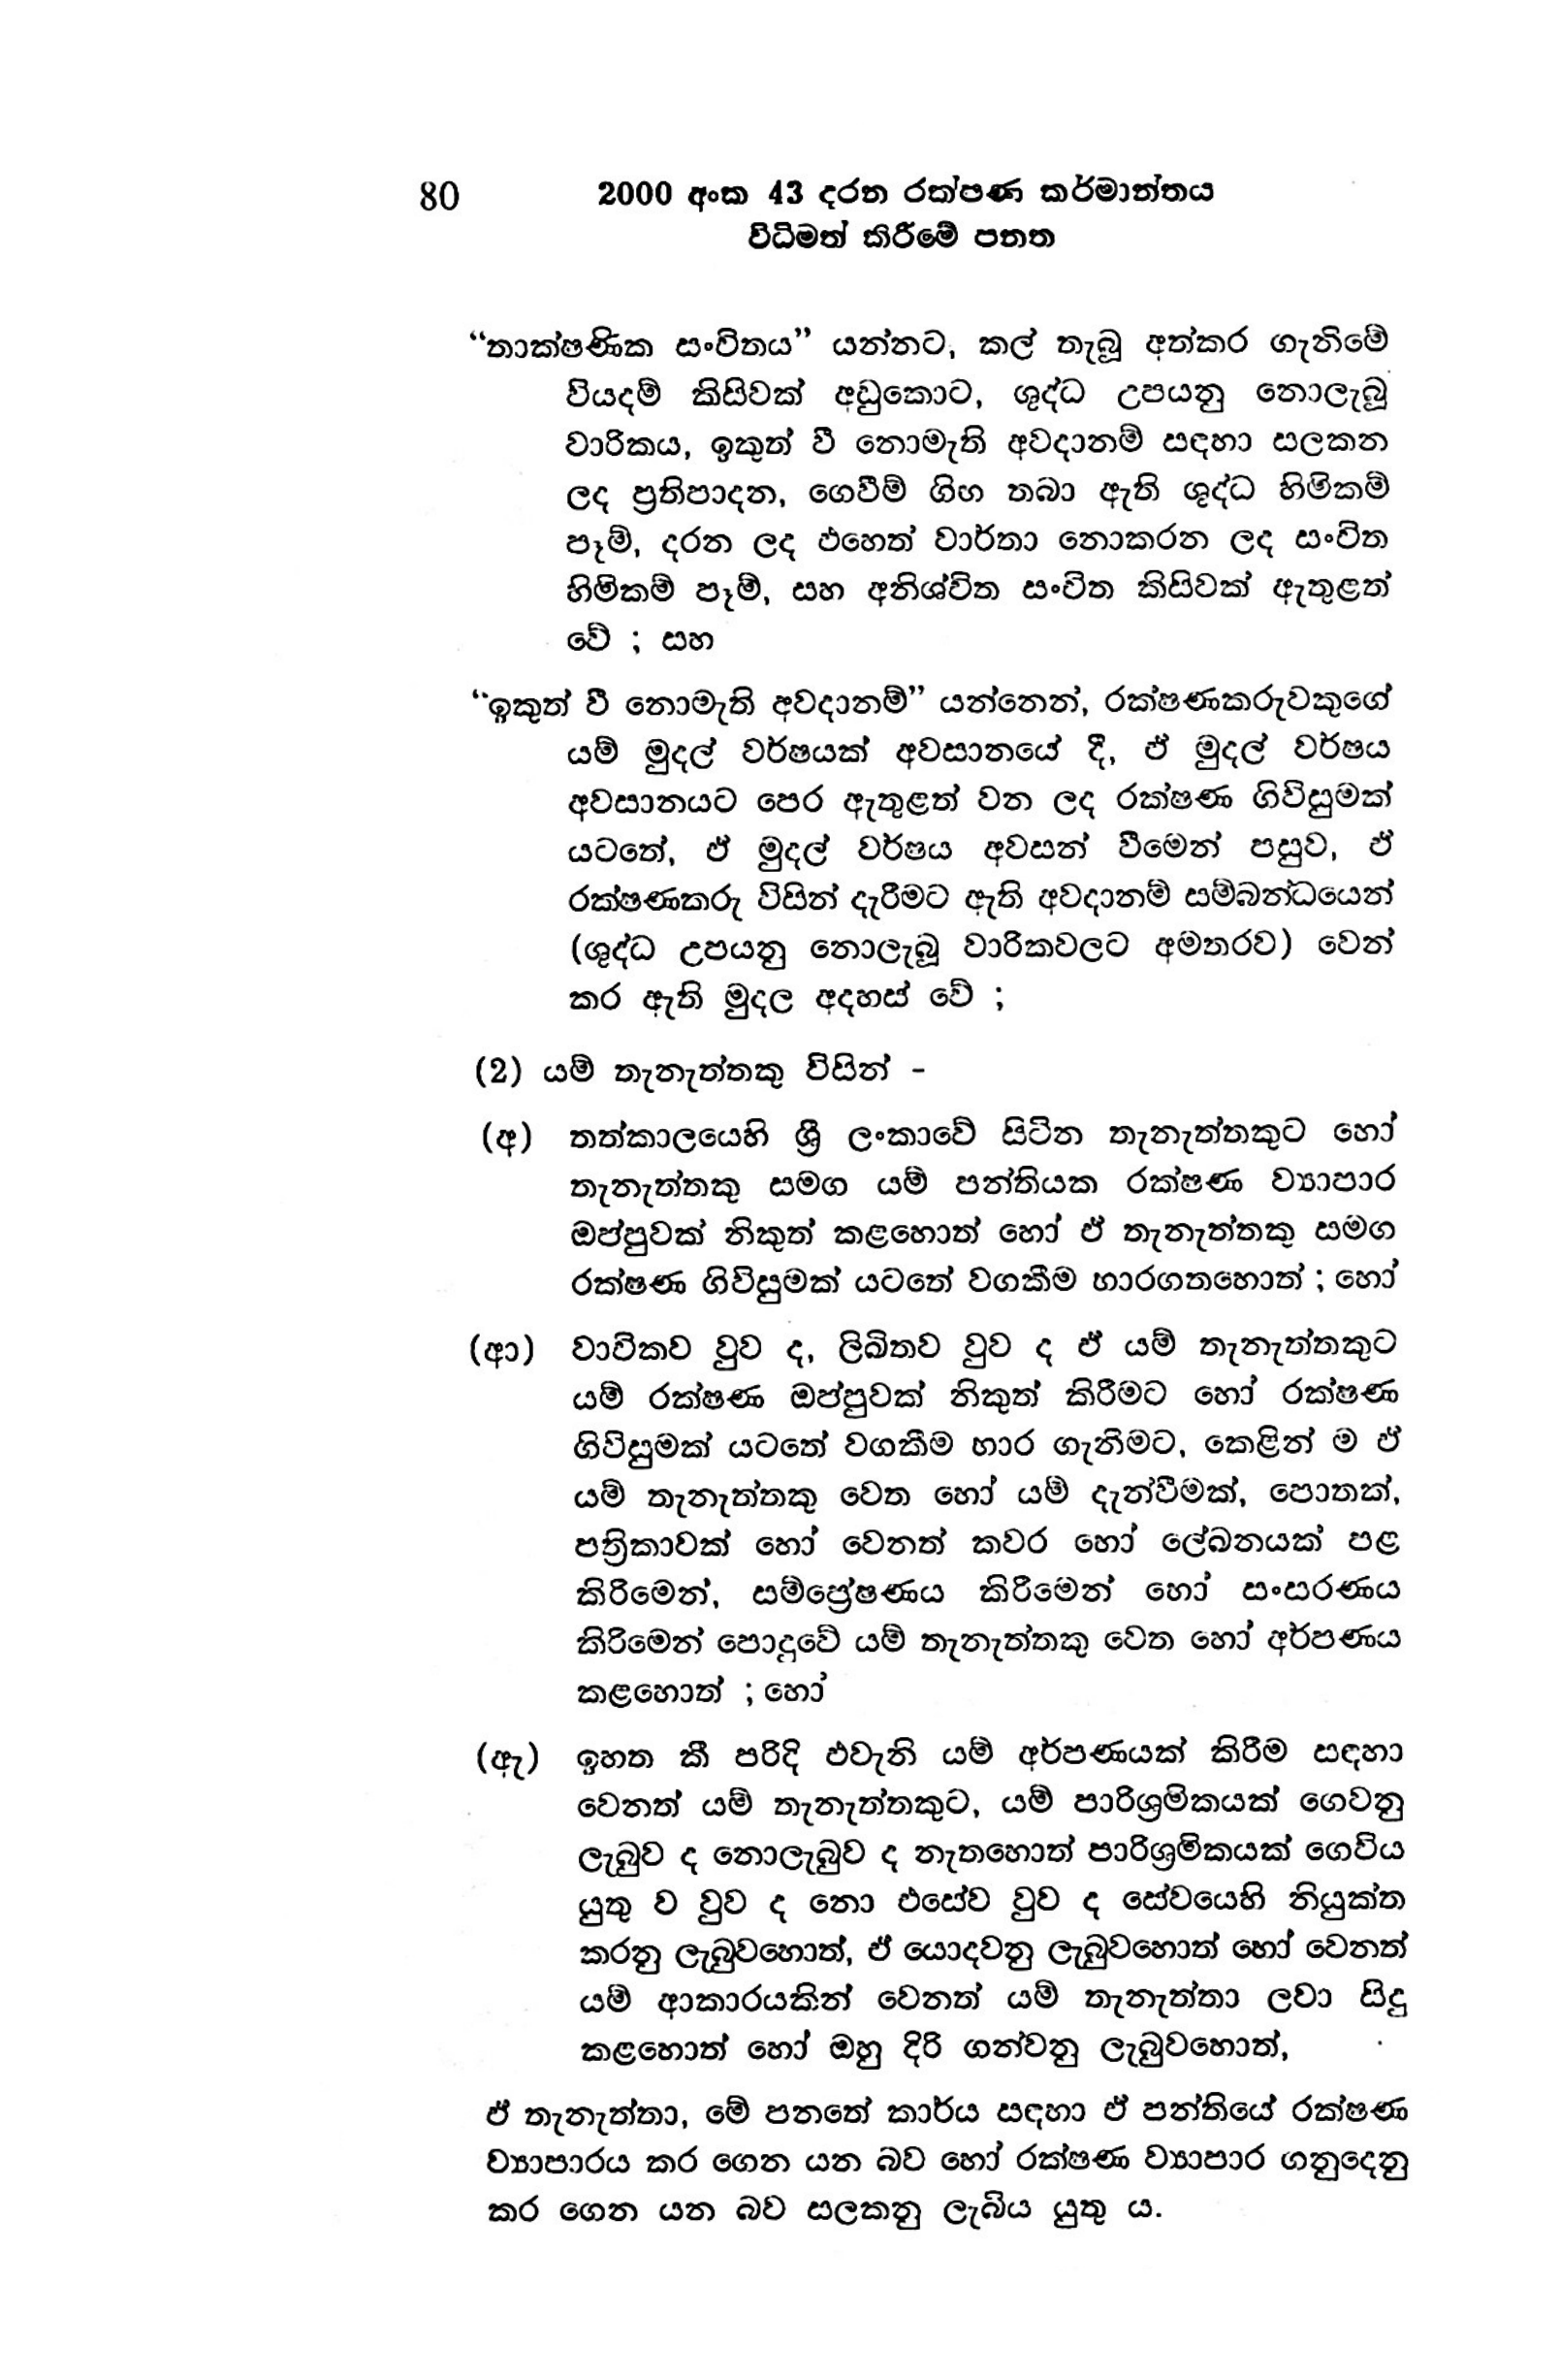
80 2000 අංක 43 දරන රක්ෂණ කර්මාන්තය
විධිමත් කිරීමේ පනත

“තාක්ෂණික සංවිතය” යන්නට, කල් තැබූ අත්කර ගැනිමේ
වියදම් කිසිවක් අඩුකොට, ශුද්ධ උපයනු නොලැබූ
වාරිකය, ඉකුත් වී නොමැති අවදානම් සඳහා සලකන
ලද ප්‍රතිපාදන, ගෙවීම් ගිඟ තබා ඇති ශුද්ධ හිමිකම්
පෑම්, දරන ලද ඵහෙත් වාර්තා නොකරන ලද සංචිත
හිමිකම් පෑම්, සහ අනිශ්චිත සංචිත කිසිවක් ඇතුළත්
වේ ; සහ

“ඉකුත් වී නොමැති අවදානම්” යන්නෙන්, රක්ෂණකරුවකුගේ
යම් මුදල් වර්ෂයක් අවසානයේ දී, ඒ මුදල් වර්ෂය
අවසානයට පෙර ඇතුළත් වන ලද රක්ෂණ ගිවිසුමක්
යටතේ, ඒ මුදල් වර්ෂය අවසන් වීමෙන් පසුව, ඒ
රක්ෂණකරු විසින් දැරීමට ඇති අවදානම් සම්බන්ධයෙන්
(ශුද්ධ උපයනු නොලැබූ වාරිකවලට අමතරව) වෙන්
කර ඇති මුදල අදහස් වේ ;

(2) යම් තැනැත්තකු විසින් -

(අ) තත්කාලයෙහි ශ්‍රී ලංකාවේ සිටින තැනැත්තකුට හෝ
තැනැත්තකු සමග යම් පන්තියක රක්ෂණ ව්‍යාපාර
ඔප්පුවක් නිකුත් කළහොත් හෝ ඒ තැනැත්තකු සමග
රක්ෂණ ගිවිසුමක් යටතේ වගකීම භාරගතහොත් ; හෝ

(ආ) වාචිකව වුව ද, ලිඛිතව වුව ද ඒ යම් තැනැත්තකුට
යම් රක්ෂණ ඔප්පුවක් නිකුත් කිරීමට හෝ රක්ෂණ
ගිවිසුමක් යටතේ වගකීම භාර ගැනීමට, කෙළින් ම ඒ
යම් තැනැත්තකු වෙත හෝ යම් දැන්වීමක්, පොතක්,
පත්‍රිකාවක් හෝ වෙනත් කවර හෝ ලේඛනයක් පළ
කිරිමෙන්, සම්ප්‍රේෂණය කිරීමෙන් හෝ සංසරණය
කිරිමෙන් පොදුවේ යම් තැනැත්තකු වෙත හෝ අර්පණය
කළහොත් ; හෝ

(ඇ) ඉහත කී පරිදි ඵවැනි යම් අර්පණයක් කිරීම සඳහා
වෙනත් යම් තැනැත්තකුට, යම් පාරිශ්‍රමිකයක් ගෙවනු
ලැබුව ද නොලැබුව ද නැතහොත් පාරිශ්‍රමිකයක් ගෙවිය
යුතු ව වුව ද නො එසේව වුව ද සේවයෙහි නියුක්ත
කරනු ලැබුවහොත්, ඒ යොදවනු ලැබුවහොත් හෝ වෙනත්
යම් ආකාරයකින් වෙනත් යම් තැනැත්තා ලවා සිදු
කළහොත් හෝ ඔහු දිරි ගන්වනු ලැබුවහොත්,

ඒ තැනැත්තා, මේ පනතේ කාර්ය සඳහා ඒ පන්තියේ රක්ෂණ
ව්‍යාපාරය කර ගෙන යන බව හෝ රක්ෂණ ව්‍යාපාර ගනුදෙනු
කර ගෙන යන බව සලකනු ලැබිය යුතු ය.